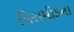
પિરામીડના